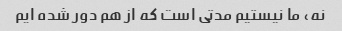
نه، ما نیستیم مدتی است که از هم دور شده ایم